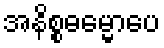
အနိစ္စဓမ္မောပေ